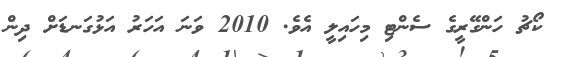
ކޯޗު ހަންގޭރީގެ ސެންޓި މިހައިލީ އެވެ. 2010 ވަނަ އަހަރު އަޅުގަނޑަށް ދިން